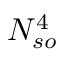
N _ { s o } ^ { 4 }